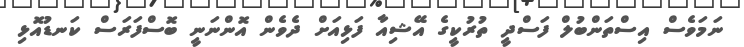
ނަމަވެސް އިސްތަންބުލް ފަސްދީ ތުރުކީގެ އޭޝިއާ ފަޅިއަށް ދެވެން އޮންނަނީ ބޮސްފަރަސް ކަނޑުއޮޅި